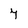
Character: 7